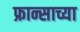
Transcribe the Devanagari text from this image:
फ्रान्साच्या